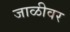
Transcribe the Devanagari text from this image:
जाळीवर